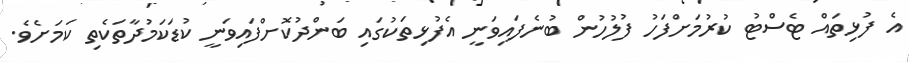
އެ ފުޅިތައް ޓެސްޓު ކުރުމަށްފަހު ފުލުހުން ބުނެފައިވަނީ އެފުޅިތަކުގައި ބަންދުކޮށްފައިވަނީ ކުޑަކަމުދާތަކެތި ކަމަށެވެ.